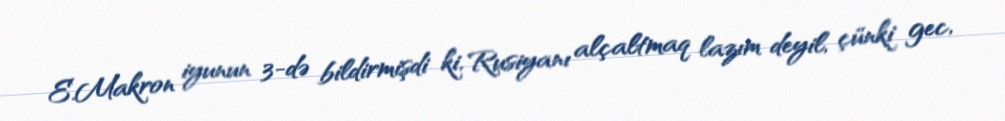
E.Makron iyunun 3-də bildirmişdi ki, Rusiyanı alçaltmaq lazım deyil, çünki gec,